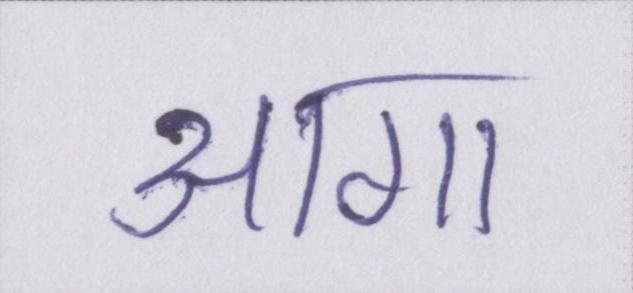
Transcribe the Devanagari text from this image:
आगा